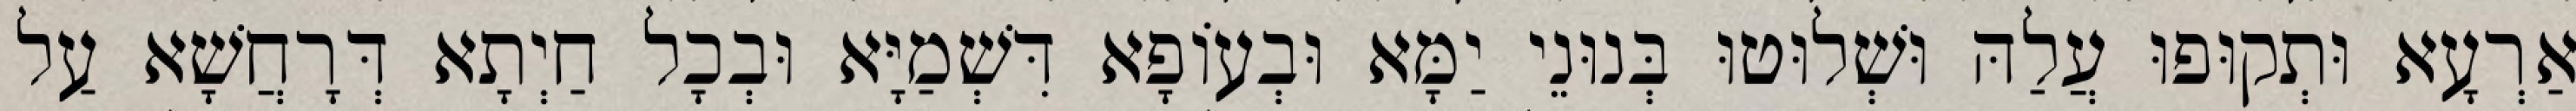
אַרְעָא וּתְקוּפוּ עֲלַהּ וּשְׁלוּטוּ בְּנוּנֵי יַמָּא וּבְעוֹפָא דִּשְׁמַיָּא וּבְכָל חַיְתָא דְּרָחֲשָׁא עַל